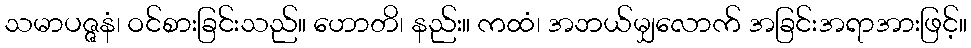
သမာပဇ္ဇနံ၊ ဝင်စားခြင်းသည်။ ဟောတိ၊ နည်း။ ကထံ၊ အဘယ်မျှလောက် အခြင်းအရာအားဖြင့်။